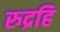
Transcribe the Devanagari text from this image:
रुद्रहि